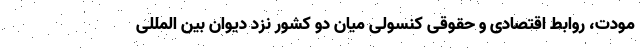
مودت، روابط اقتصادی و حقوقی کنسولی میان دو کشور نزد دیوان بین المللی